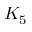
K _ { 5 }